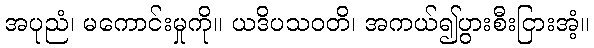
အပုညံ၊ မကောင်းမှုကို။ ယဒိပသဝတိ၊ အကယ်၍ပွားစီးငြားအံ့။